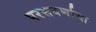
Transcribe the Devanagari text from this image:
परसवर्णाचा